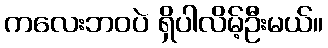
ကလေးဘဝပဲ ရှိပါလိမ့်ဦးမယ်။